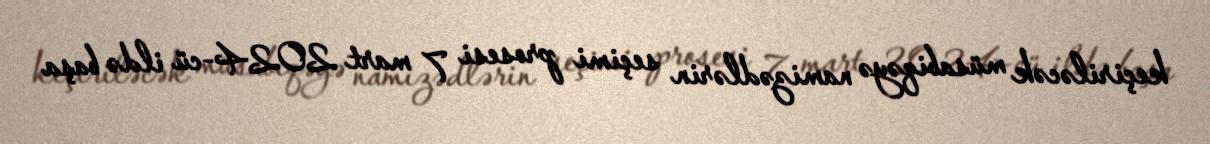
keçiriləcək müsabiqəyə namizədlərin seçimi prosesi 7 mart 2024-cü ildə başa